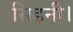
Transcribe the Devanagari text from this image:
सिडनी।